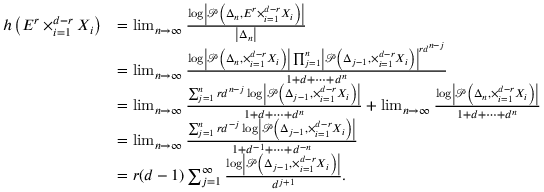
\begin{array} { r l } { h \left( E ^ { r } \times _ { i = 1 } ^ { d - r } X _ { i } \right) } & { = \operatorname* { l i m } _ { n \to \infty } \frac { \log \left| \mathcal { P } \left( \Delta _ { n } , E ^ { r } \times _ { i = 1 } ^ { d - r } X _ { i } \right) \right| } { \left| \Delta _ { n } \right| } } \\ & { = \operatorname* { l i m } _ { n \to \infty } \frac { \log \left| \mathcal { P } \left( \Delta _ { n } , \times _ { i = 1 } ^ { d - r } X _ { i } \right) \right| \prod _ { j = 1 } ^ { n } \left| \mathcal { P } \left( \Delta _ { j - 1 } , \times _ { i = 1 } ^ { d - r } X _ { i } \right) \right| ^ { r d ^ { n - j } } } { 1 + d + \cdots + d ^ { n } } } \\ & { = \operatorname* { l i m } _ { n \to \infty } \frac { \sum _ { j = 1 } ^ { n } r d ^ { n - j } \log \left| \mathcal { P } \left( \Delta _ { j - 1 } , \times _ { i = 1 } ^ { d - r } X _ { i } \right) \right| } { 1 + d + \cdots + d ^ { n } } + \operatorname* { l i m } _ { n \to \infty } \frac { \log \left| \mathcal { P } \left( \Delta _ { n } , \times _ { i = 1 } ^ { d - r } X _ { i } \right) \right| } { 1 + d + \cdots + d ^ { n } } } \\ & { = \operatorname* { l i m } _ { n \to \infty } \frac { \sum _ { j = 1 } ^ { n } r d ^ { - j } \log \left| \mathcal { P } \left( \Delta _ { j - 1 } , \times _ { i = 1 } ^ { d - r } X _ { i } \right) \right| } { 1 + d ^ { - 1 } + \cdots + d ^ { - n } } } \\ & { = r ( d - 1 ) \sum _ { j = 1 } ^ { \infty } \frac { \log \left| \mathcal { P } \left( \Delta _ { j - 1 } , \times _ { i = 1 } ^ { d - r } X _ { i } \right) \right| } { d ^ { j + 1 } } . } \end{array}